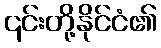
၎င်းတို့နိုင်ငံ၏